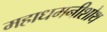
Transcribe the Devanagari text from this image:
महाधमनीशोथ